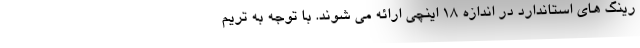
رینگ های استاندارد در اندازه 18 اینچی ارائه می شوند. با توجه به تریم